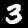
Digit: 3